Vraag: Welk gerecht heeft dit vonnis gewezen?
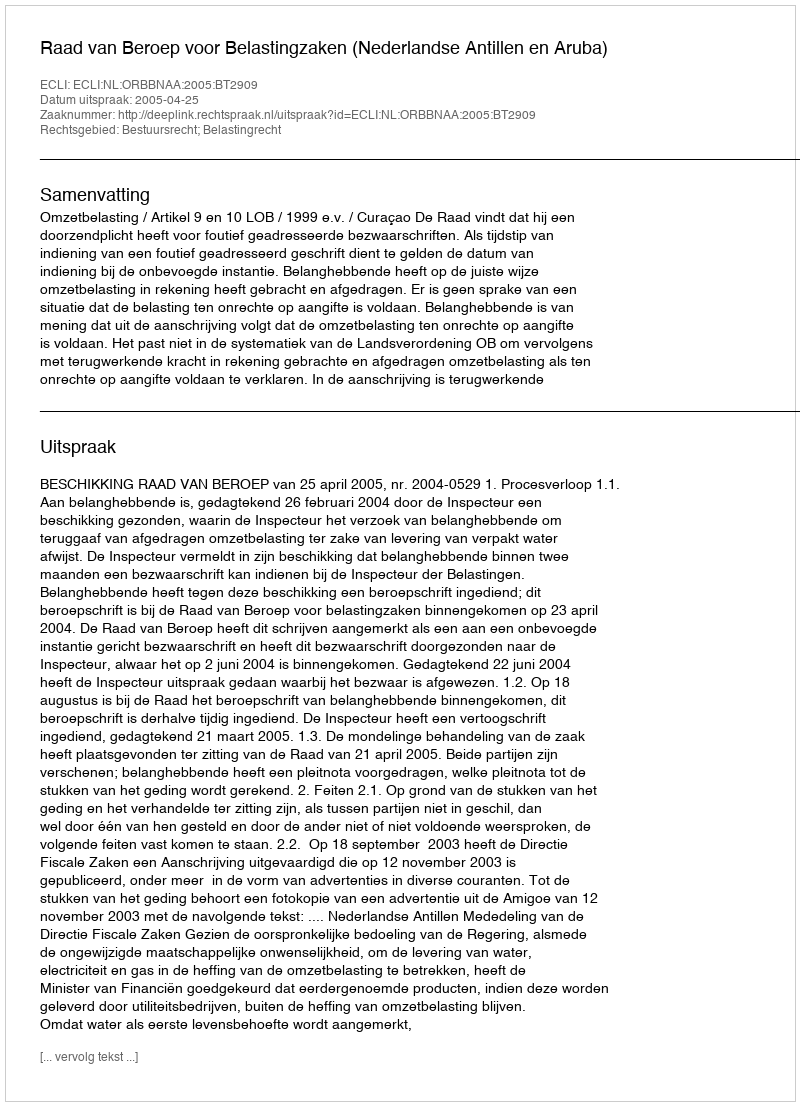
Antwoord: Raad van Beroep voor Belastingzaken (Nederlandse Antillen en Aruba)